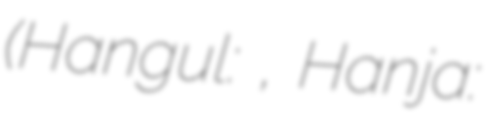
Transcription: (Hangul: 중양절, Hanja: